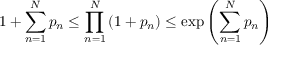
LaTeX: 1 + \sum _ { n = 1 } ^ { N } p _ { n } \leq \prod _ { n = 1 } ^ { N } \left( 1 + p _ { n } \right) \leq \exp \left( \sum _ { n = 1 } ^ { N } p _ { n } \right)